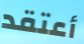
أعتقد